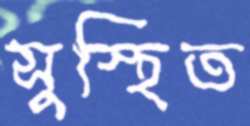
সুস্থিত